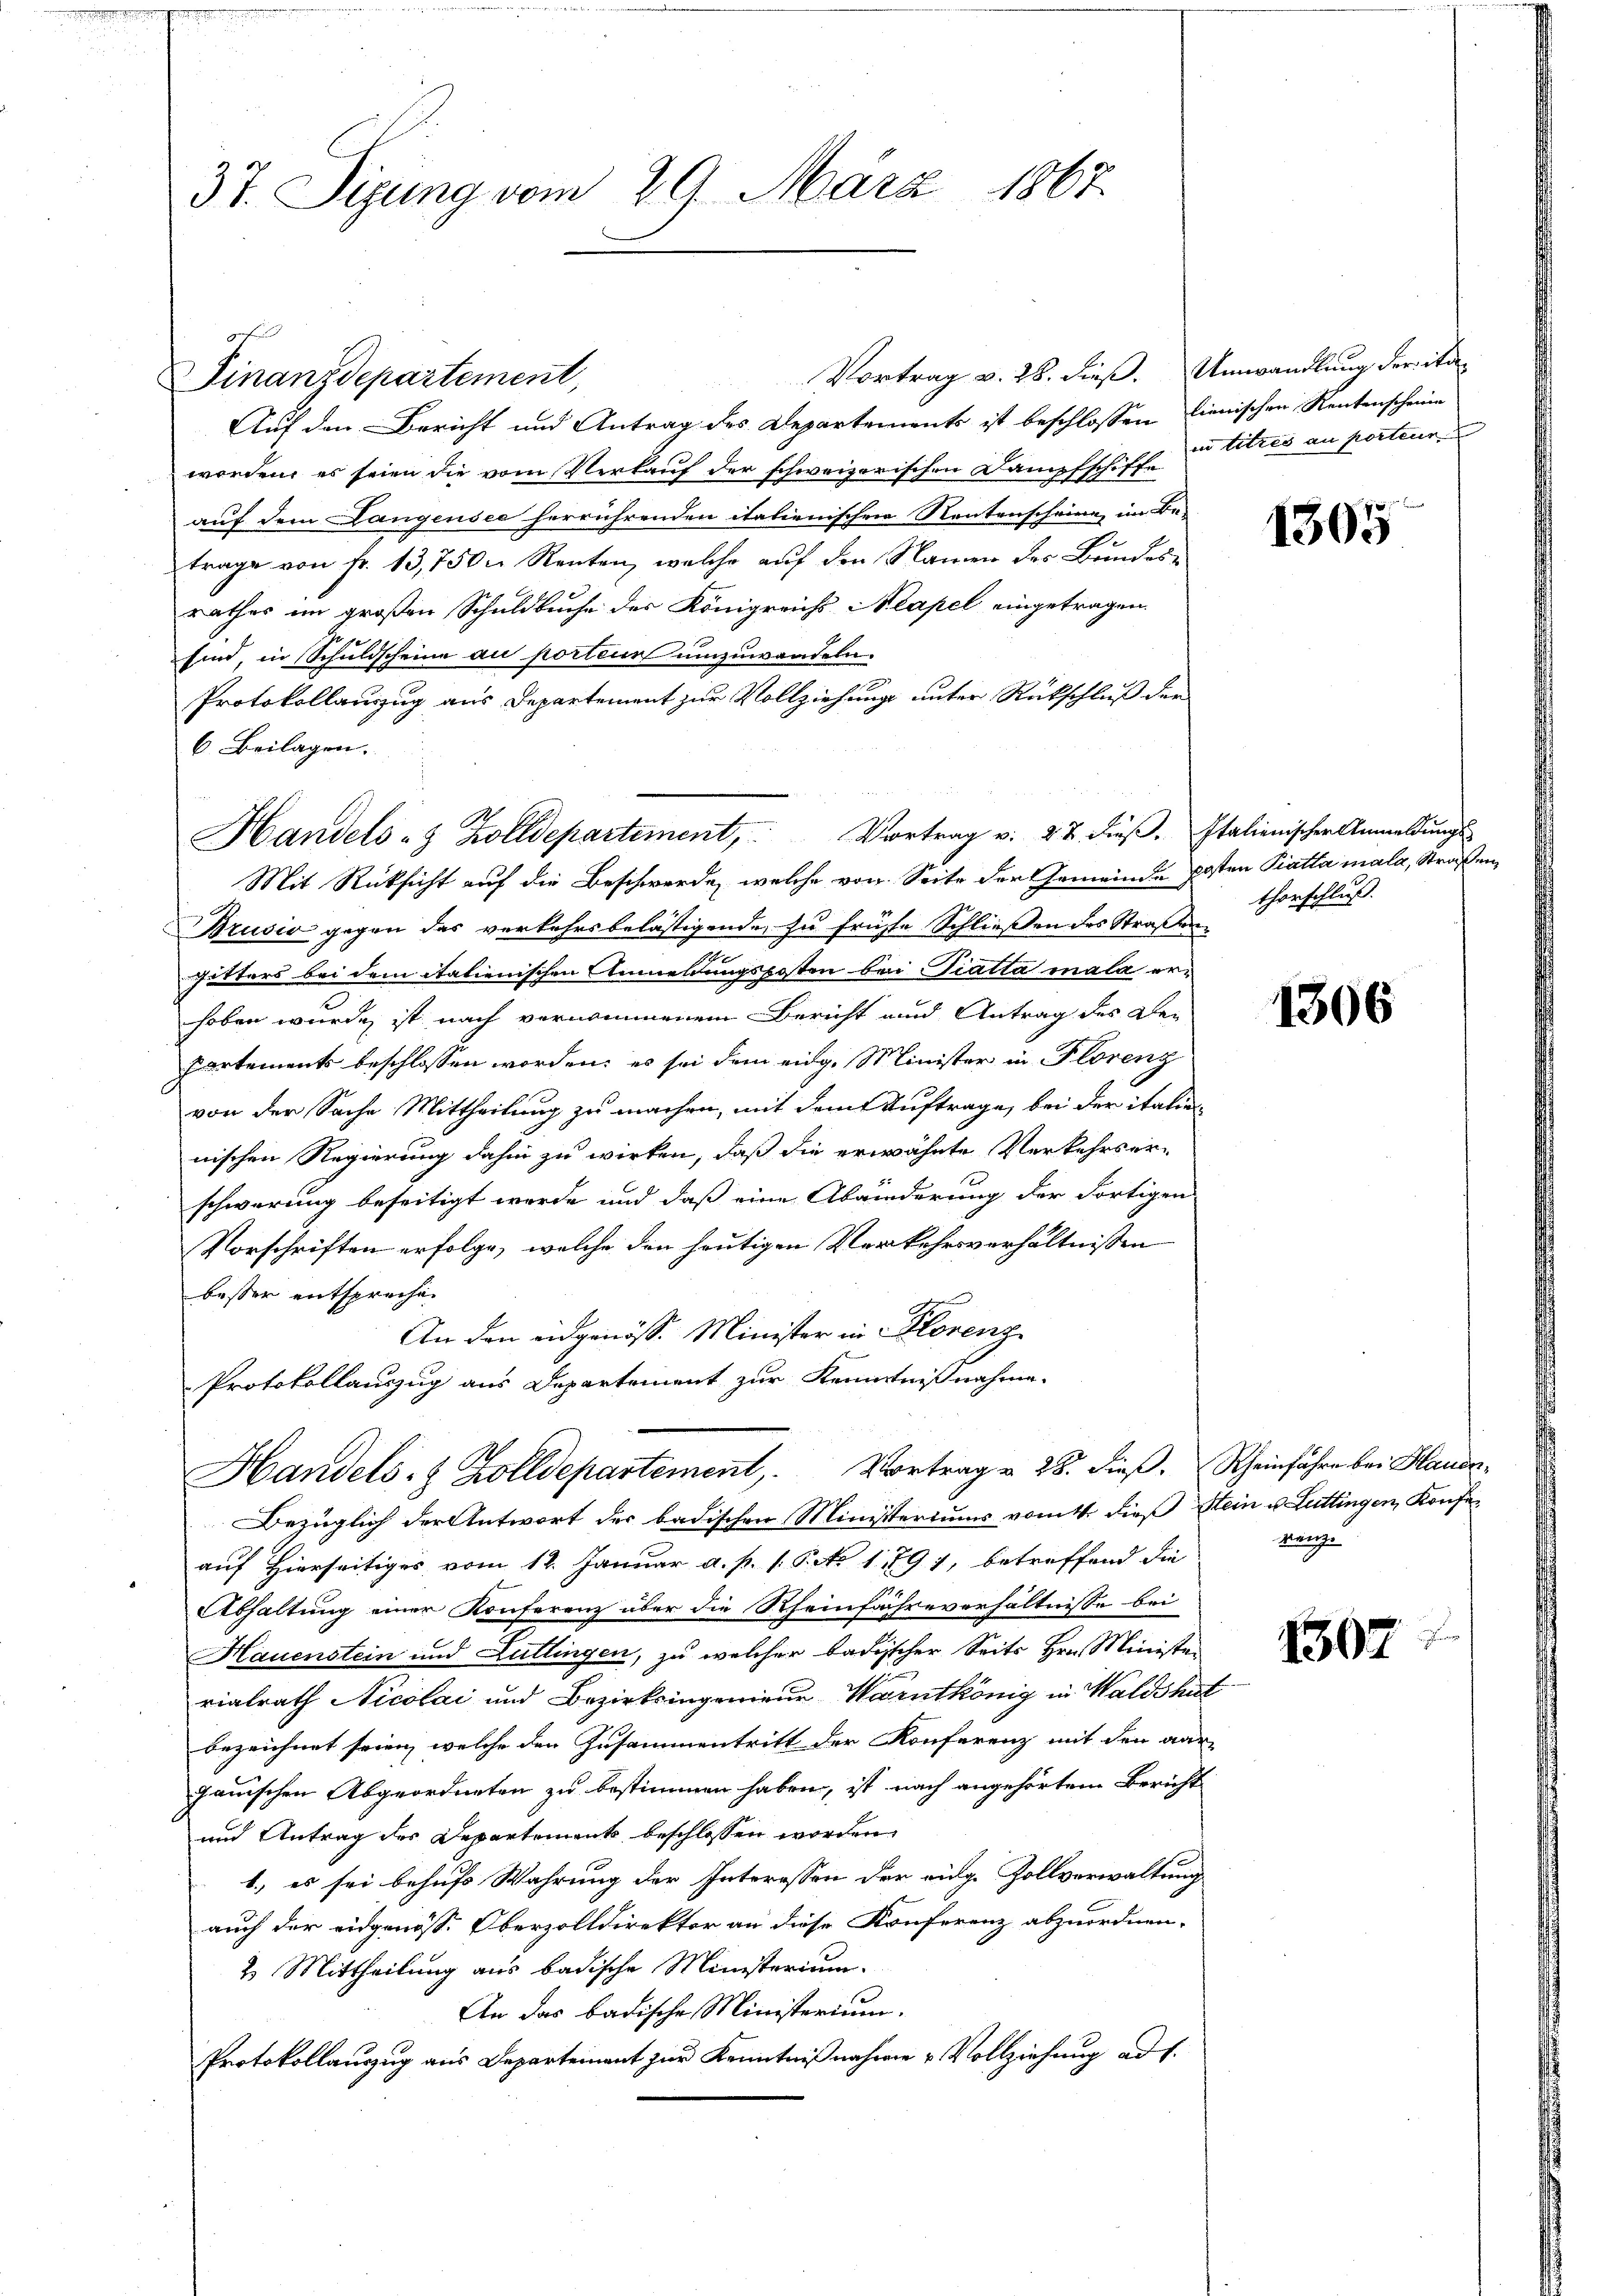
37. Sigung vom 29. März 1867.

Vortrag v. 28. dieß. Umwandlung der ita
Auf den Bericht und Antrag des Departements ist beschlossen lienischen Rentenscheine
worden, es seien die vom Verkauf der schweizerischen Dampfschiffe
auf dem Langensee herrührenden italienischen Rentenscheine im Be-
trage von fr. 13,750. Renten, welche auf den Namen des Bundesrathes im großen Schuldbuche der Königreichs Neapel eingetragen.
sind, in Schuldscheine au porteur umzuwandeln.
Protokollauszug aus Departement zur Vollziehung unter Rückschluß der
6. Beilagen.
Mit Rücksicht auf die Beschwerde, welche von Seite der Gemeinde Posten Piatta mala, Straßen,
Brusio gegen das verkehrsbelästigende zu frühte Schließen des Straßensitters bei dem itationischen Anmeldungsposten bei miatta mala erhoben wurde, ist nach vernommenem Bericht und Antrag des De-
Partements beschlossen worden; es sei dem eidg. Minister in Florenz
von der Sache Mittheilung zu machen, mit dem Auftrage, bei der italien-
nischen Regierung dahin zu wirken, daß die erwähnte Verkehrser-
schwerung beseitigt werde und daß eine Abänderung der Fortigen
Vorschriften erfolge, welche den heutigen Verkehrsverhältnissen
besser entsprechen
An den eidgenöss. Minister in Florenz
Protokollauszug aus Departement zur Kenntnißnahme.
Handels- & Zolldepartement. Vortrag u. 28. dieβ.  Rheinfahre bei Hauer-
Bezüglich der Antwort der badischen Ministeriums vom 4. dieß Stein u. Lüttingen, Konfeauf Hierseitiges vom 12. Januar a. p. 1. P. No 1,791, betreffend die
Abhaltung einer Konferenz über die Rheinfahreverhältnisse bei
Hauenstein und Lullingen, zu welcher badischer Seits Hrn. Minister
rialrath Nicolai und Bezirksingenieur Warntkönig in Waldshut
bezeichnet seien, welche den Zusammentritt der Konferenz mit den aar
gauischen Abgeordneten zu bestimmen haben, ist nach angehörtem Bericht
und Antrag des Departements beschlossen worden
1.) es sei behufs Wahrung der Interessen der eidg. Zollverwaltung
auch der eidgenöss. Oberzolldirektor an diese Konferenz abzuordnen.
2. Mittheilung aus badische Ministerium.
An das badische Ministerium.
Protokollauszug aus Departement zur Kenntniß nahme & Vollziehung ad 1.

Finanzdepartement,

Handels- & Zolldepartement, Vortrag v. 22. dieβ. Italienischer Anmeldŭngs-

in titres au porteur

1305

thorschluß.

1306

renz.

1507